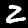
Digit: 2